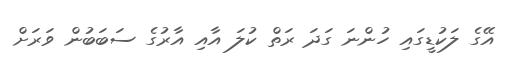
އޭގެ ލަކުޑީގައި ހުންނަ ގަދަ ރަތް ކުލަ އާއި އާރުގެ ސަބަބުން ވަރަށް